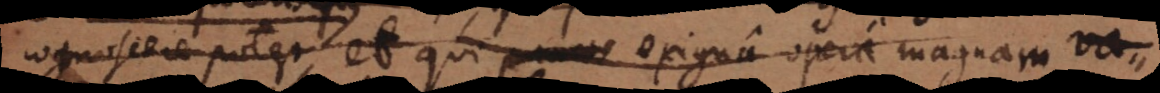
cognoscere potest, et qui paucis exigua opera magnam v